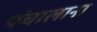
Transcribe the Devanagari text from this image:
पंचालाना